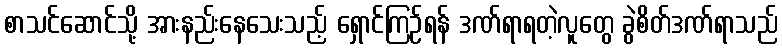
စာသင်ဆောင်သို့ အားနည်းနေသေးသည့် ရှောင်ကြဉ်ရန် ဒဏ်ရာရတဲ့လူတွေ ခွဲစိတ်ဒဏ်ရာသည်